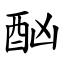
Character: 酗